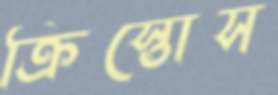
ক্রিস্তোস